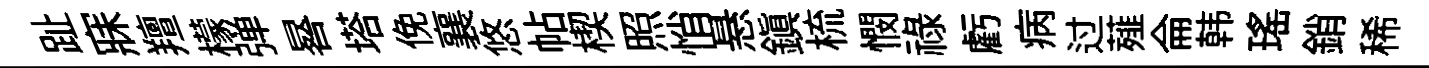
趾寐羶檬弹晷塔俛襄悠帖楔照悄悬鎮梳憫禄虧病过薤侖韩瑶銷稀